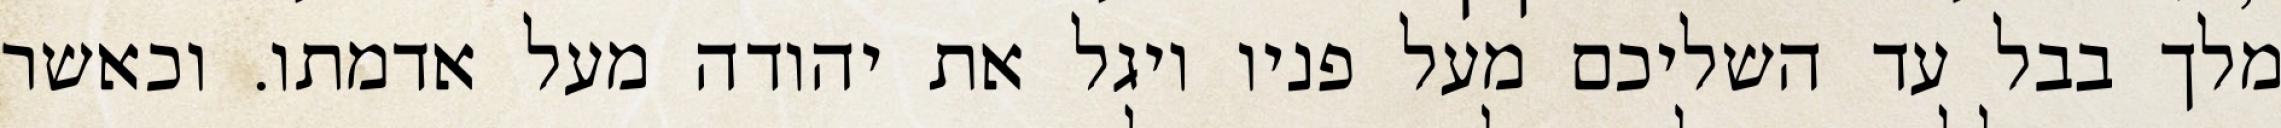
מלך בבל עד השליכם מעל פניו ויגל את יהודה מעל אדמתו. וכאשר